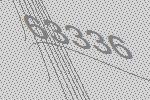
63336